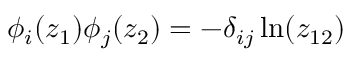
\phi _ { i } ( z _ { 1 } ) \phi _ { j } ( z _ { 2 } ) = - \delta _ { i j } \ln ( z _ { 1 2 } )